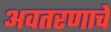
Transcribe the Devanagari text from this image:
अवतरणाचे